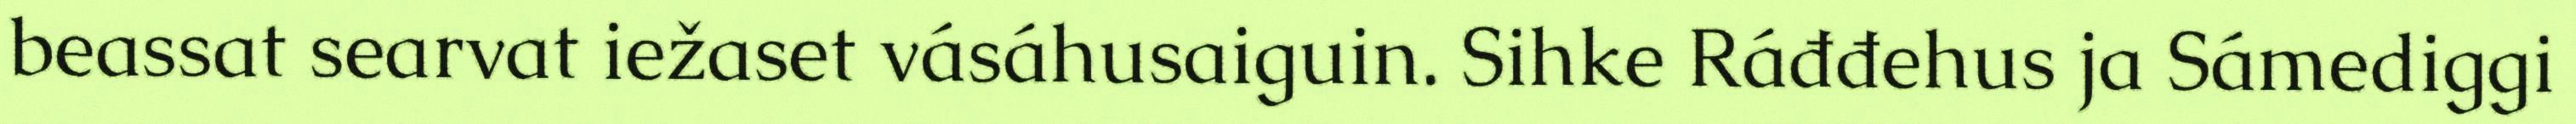
beassat searvat iežaset vásáhusaiguin. Sihke Ráđđehus ja Sámediggi